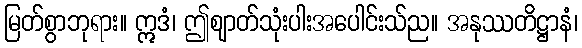
မြတ်စွာဘုရား။ ဣဒံ၊ ဤဈာတ်သုံးပါးအပေါင်းသ်ည။ အနုဿတိဋ္ဌာနံ၊